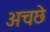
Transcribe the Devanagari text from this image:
अचछे